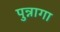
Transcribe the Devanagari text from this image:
पुन्नागा